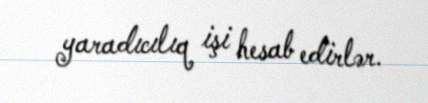
yaradıcılıq işi hesab edirlər.